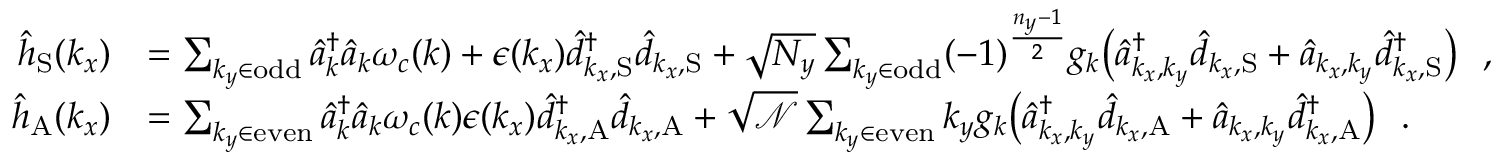
\begin{array} { r l } { { \hat { h } } _ { \mathrm { S } } ( k _ { x } ) } & { = \sum _ { { k _ { y } \in \mathrm { o d d } } } \hat { a } _ { \boldsymbol k } ^ { \dagger } \hat { a } _ { \boldsymbol k } \omega _ { c } ( { \boldsymbol k } ) + \epsilon ( k _ { x } ) \hat { d } _ { k _ { x } , \mathrm { S } } ^ { \dagger } \hat { d } _ { k _ { x } , \mathrm { S } } + \sqrt { N _ { y } } \sum _ { k _ { y } \in \mathrm { o d d } } ( - 1 ) ^ { \frac { n _ { y } - 1 } { 2 } } { g _ { \boldsymbol k } } \big ( \hat { a } _ { k _ { x } , k _ { y } } ^ { \dagger } \hat { d } _ { k _ { x } , \mathrm { S } } + \hat { a } _ { { k _ { x } , k _ { y } } } \hat { d } _ { k _ { x } , \mathrm { S } } ^ { \dagger } \big ) ~ ~ , } \\ { { \hat { h } } _ { \mathrm { A } } ( { k _ { x } } ) } & { = \sum _ { { k _ { y } \in \mathrm { e v e n } } } \hat { a } _ { \boldsymbol k } ^ { \dagger } \hat { a } _ { \boldsymbol k } \omega _ { c } ( { \boldsymbol k } ) \epsilon ( k _ { x } ) \hat { d } _ { k _ { x } , \mathrm { A } } ^ { \dagger } \hat { d } _ { k _ { x } , \mathrm { A } } + \sqrt { \mathcal { N } } \sum _ { k _ { y } \in \mathrm { e v e n } } k _ { y } { g _ { \boldsymbol k } } \big ( \hat { a } _ { k _ { x } , k _ { y } } ^ { \dagger } \hat { d } _ { k _ { x } , \mathrm { A } } + \hat { a } _ { { k _ { x } , k _ { y } } } \hat { d } _ { k _ { x } , \mathrm { A } } ^ { \dagger } \big ) ~ ~ . } \end{array}